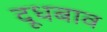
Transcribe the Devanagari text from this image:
दूधबाव